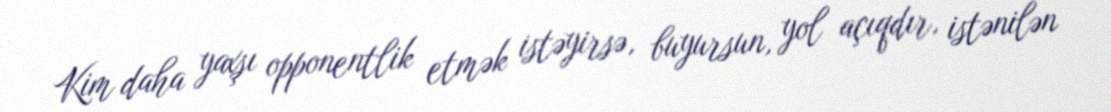
Kim daha yaxşı opponentlik etmək istəyirsə, buyursun, yol açıqdır, istənilən